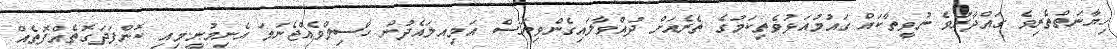
ހިޔާނަތްތެރިވެ ގައްދާރުވެ ނުވީތާކައް ގައުމުއަޅުވެތިކަމުގެ ތެރެއަށް ދުއްވާލައިގެންވިޔަސް އަމިއލައެދުން ހާސިލްވެއްޖެނަމަ އެނިމުނީ.މިއި ކޮންފަދަގޮތެއްފޮތެއް